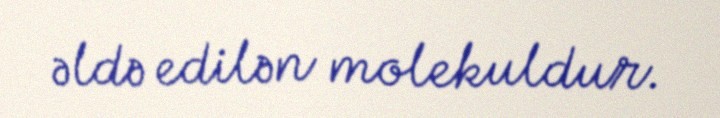
əldə edilən molekuldur.